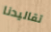
تقاليدنا